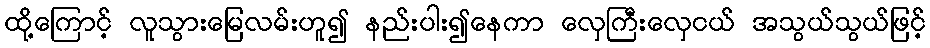
ထို့ကြောင့် လူသွားမြေလမ်းဟူ၍ နည်းပါး၍နေကာ လှေကြီးလှေငယ် အသွယ်သွယ်ဖြင့်